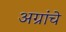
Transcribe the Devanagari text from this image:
अग्रांचे